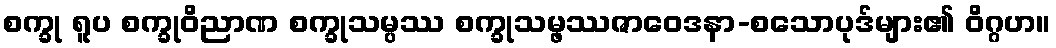
စက္ခု ရူပ စက္ခုဝိညာဏ စက္ခုသမ္ပဿ စက္ခုသမ္ဖဿဇာဝေဒနာ-စသောပုဒ်များ၏ ဝိဂ္ဂဟ။